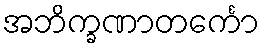
အဘိက္ခဏာတင်္ကော